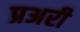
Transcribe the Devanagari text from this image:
प्रअरी